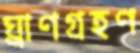
ঘ্রাণগ্রহণ